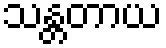
သန္တတာယ